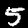
Digit: 5